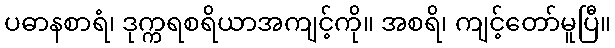
ပဓာနစာရံ၊ ဒုက္ကရစရိယာအကျင့်ကို။ အစရိ၊ ကျင့်တော်မူပြီ။